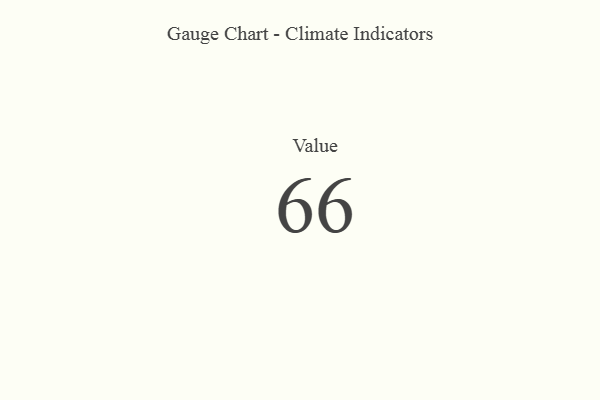
{"axis": {"x": "Metric", "y": "Value"}, "legend": [""], "data": [{"x": "Value", "y": 66, "type": ""}]}